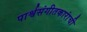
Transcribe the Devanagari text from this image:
पार्श्वसंगीतकारांची